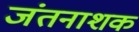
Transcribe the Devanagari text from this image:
जंतनाशक